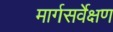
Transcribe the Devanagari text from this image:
मार्गसर्वेक्षण